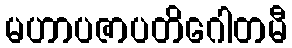
မဟာပဇာပတိဂေါတမီ